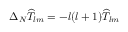
\Delta _ { N } \widehat { T } _ { l m } = - l ( l + 1 ) \widehat { T } _ { l m }